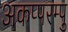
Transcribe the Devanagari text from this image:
अकप्परम्पु